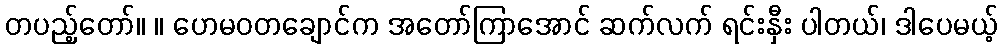
တပည့်တော်။ ။ ဟေမဝတချောင်က အတော်ကြာအောင် ဆက်လက် ရင်းနှီး ပါတယ်၊ ဒါပေမယ့်